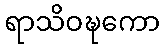
ရာသိဝဍ္ဎကော